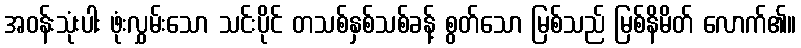
အဝန်းသုံးပါး ဖုံးလွှမ်းသော သင်းပိုင် တသစ်နှစ်သစ်ခန့် စွတ်သော မြစ်သည် မြစ်နိမိတ် လောက်၏။